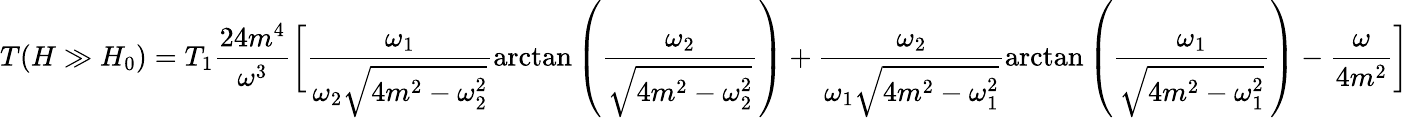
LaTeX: \displaystyle{T(H\gg H_{0})=T_{1}\frac{24m^{4}}{\omega^{3}}\bigg[\frac{\omega_{1}}{\omega_{2}\sqrt{4m^{2}-\omega_{2}^{2}}}\mathrm{arctan}\left(\frac{\omega_{2}}{\sqrt{4m^{2}-\omega_{2}^{2}}}\right)+\frac{\omega_{2}}{\omega_{1}\sqrt{4m^{2}-\omega_{1}^{2}}}\mathrm{arctan}\left(\frac{\omega_{1}}{\sqrt{4m^{2}-\omega_{1}^{2}}}\right)-\frac{\omega}{4m^{2}}\bigg]}